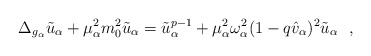
\begin{align*}\Delta_{g_\alpha} \tilde{u}_\alpha+\mu_\alpha^2 m_0^2 \tilde{u}_\alpha=\tilde{u}_\alpha^{p-1}+\mu_\alpha^2\omega_\alpha^2(1-q\hat{v}_\alpha)^2 \tilde{u}_\alpha~~,\end{align*}